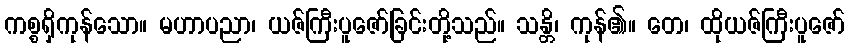
ကစ္စရှိကုန်သော။ မဟာပညာ၊ ယဇ်ကြီးပူဇော်ခြင်းတို့သည်။ သန္တိ၊ ကုန်၏။ တေ၊ ထိုယဇ်ကြီးပူဇော်